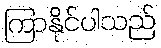
ကြာနိုင်ပါသည်